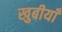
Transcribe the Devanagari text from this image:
खुबीयाँ